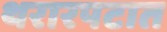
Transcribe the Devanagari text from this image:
थरारपटात